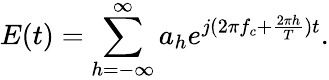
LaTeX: E(t)=\sum_{h=-\infty}^{\infty}a_{h}e^{j(2\pi f_{c}+\frac{2\pi h}{T})t}.